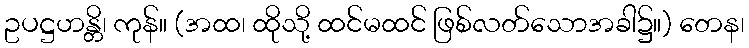
ဥပဋ္ဌဟန္တိ၊ ကုန်။ (အထ၊ ထိုသို့ ထင်မထင် ဖြစ်လတ်သောအခါ၌။) တေန၊